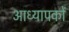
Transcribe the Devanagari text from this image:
आध्यापकों